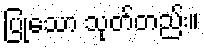
ပြုသော သုတ်တည်း။